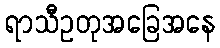
ရာသီဥတုအခြေအနေ